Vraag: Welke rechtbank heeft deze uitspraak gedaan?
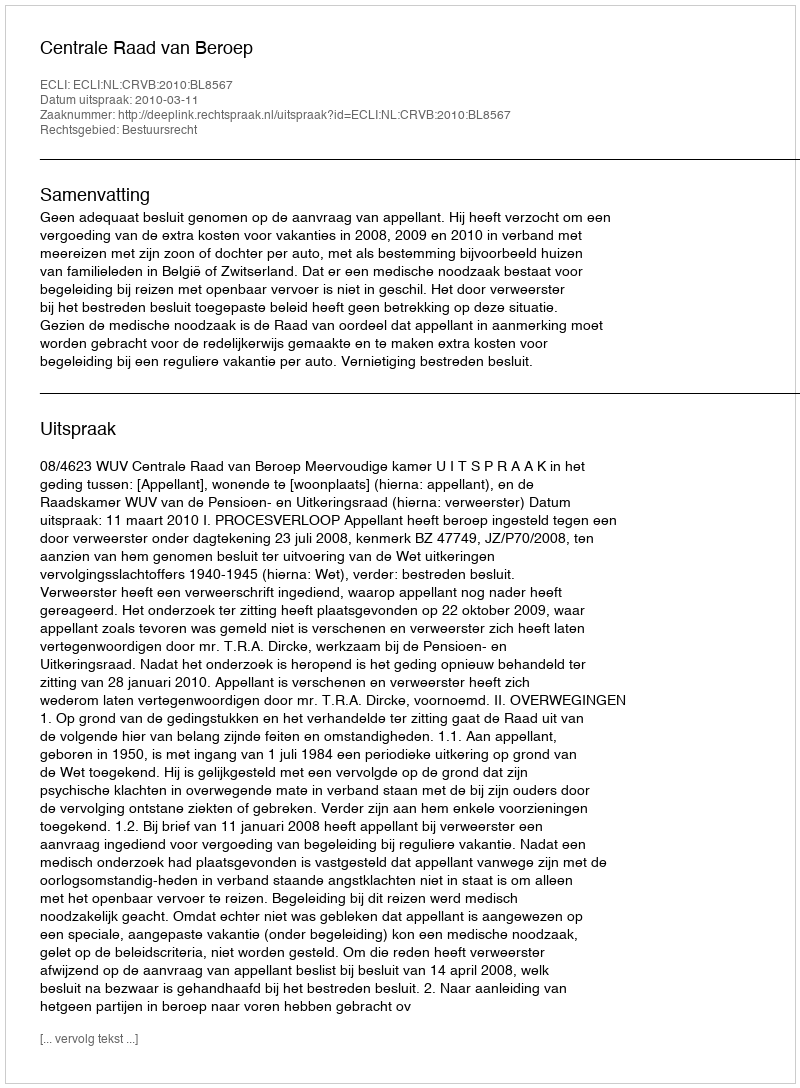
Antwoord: Centrale Raad van Beroep